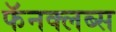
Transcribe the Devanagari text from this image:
फॅनक्लब्स